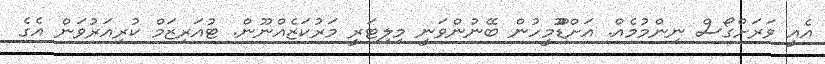
އެއީ ވަރަށްގޯސް ނިންމުމެއް. އަށްޑޫޫމީހުން ބޭނުންވަނީ މިލިޓަރީ މަރުކަޒެއްނޫން. ޓުއަރިޒަމް ކުރިއަރުވަން އެެގެ